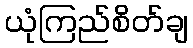
ယုံကြည်စိတ်ချ